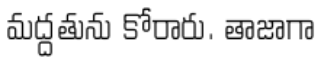
మద్దతును కోరారు. తాజాగా